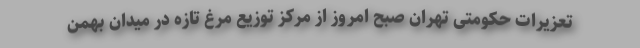
تعزیرات حکومتی تهران صبح امروز از مرکز توزیع مرغ تازه در میدان بهمن